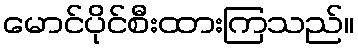
မောင်ပိုင်စီးထားကြသည်။